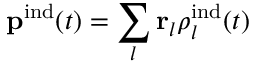
{ \bf p } ^ { \mathrm { i n d } } ( t ) = \sum _ { l } { \bf r } _ { l } \rho _ { l } ^ { \mathrm { i n d } } ( t )